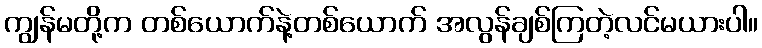
ကျွန်မတို့က တစ်ယောက်နဲ့တစ်ယောက် အလွန်ချစ်ကြတဲ့လင်မယားပါ။